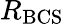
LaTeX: R_{\mathrm{BCS}}